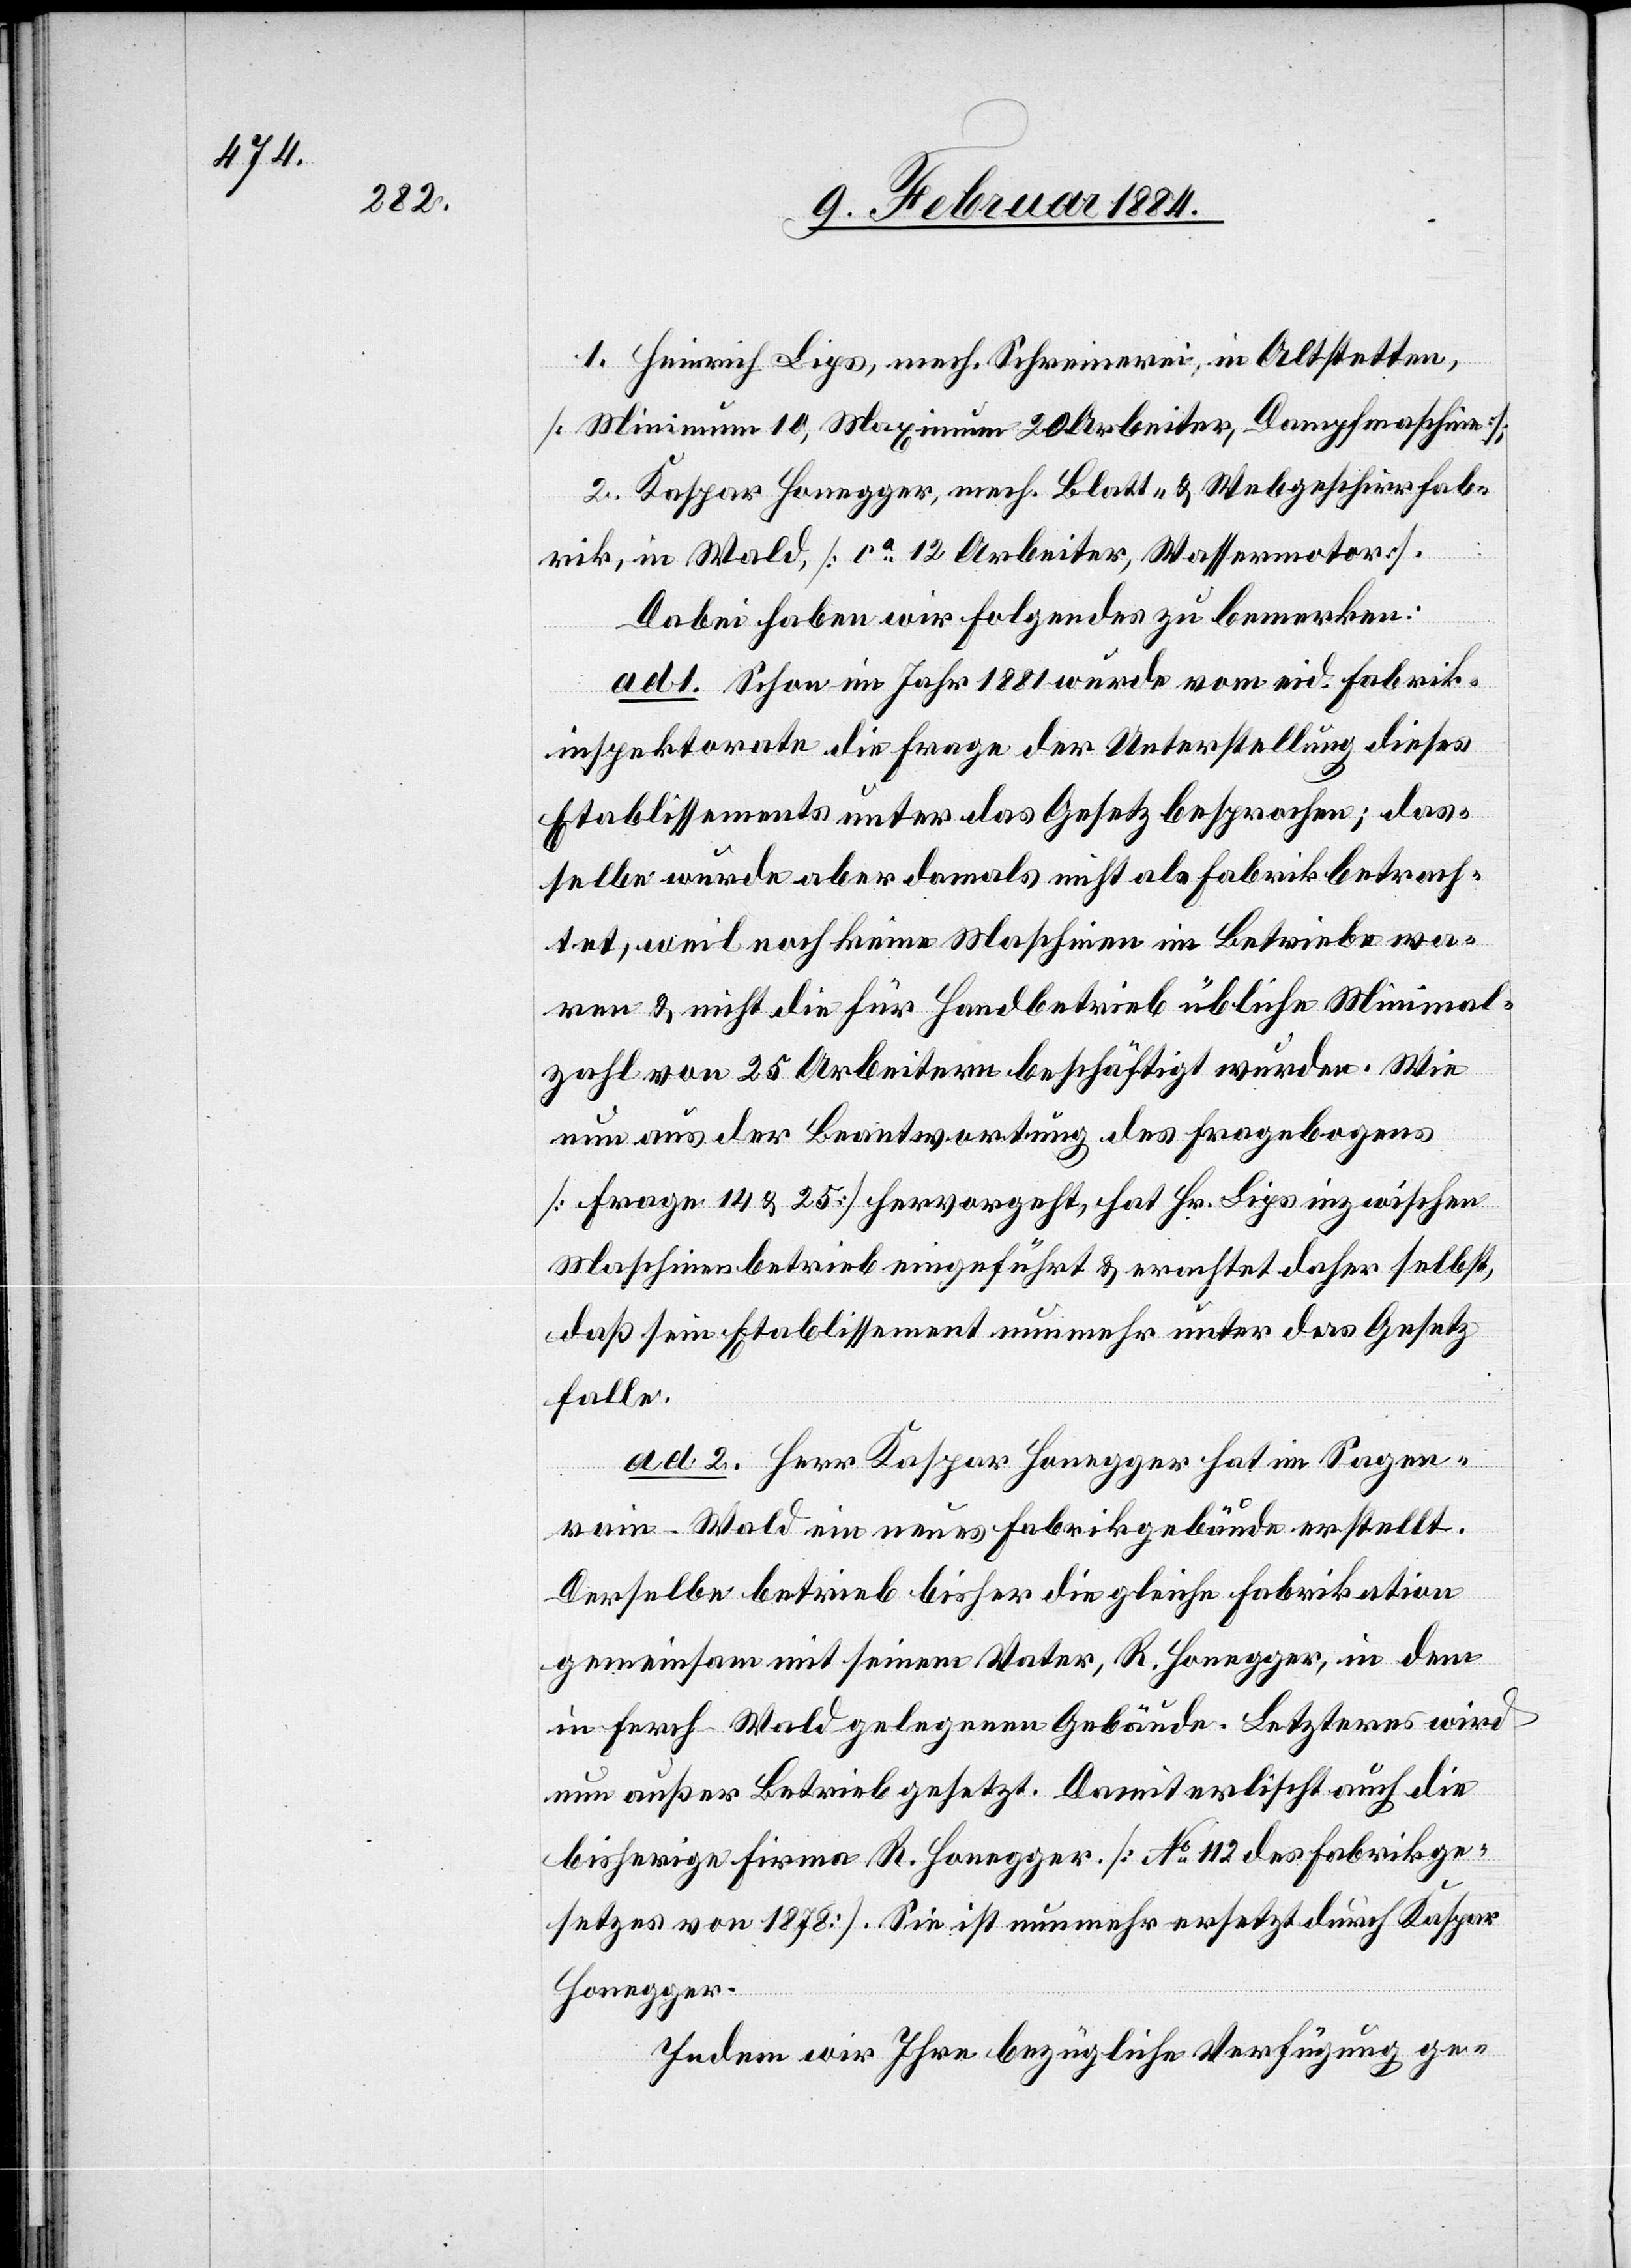
1. Heinrich Lips, mech. Schreinerei, in Altstetten,
[Minimum 10, Maximum 20 Arbeiter, Dampfmaschine];
2. Kaspar Honegger, mech. Blatt- & Webgeschirrfab¬
rik, in Wald [ca 12 Arbeiter, Wassermotor].
Dabei haben wir Folgendes zu bemerken:
ad 1. Schon im Jahr 1881 wurde vom eid. Fabrik¬
inspektorat die Frage der Unterstellung dieses
Etablissements unter das Gesetz besprochen; das¬
selbe wurde aber damals nicht als Fabrik betrach¬
tet, weil noch keine Maschinen im Betriebe wa¬
ren & nicht die für Handbetrieb übliche Minimal¬
zahl von 25 Arbeitern beschäftigt wurden. Wie
nun aus der Beantwortung des Fragebogens
[Frage 14 & 25] hervorgeht, hat Hr. Lips inzwischen
Maschinenbetrieb eingeführt & erachtet daher selbst,
daß sein Etablissement nunmehr unter das Gesetz
falle.
ad. 2 Herr Kaspar Honegger hat im Sagen¬
rain - Wald ein neues Fabrikgebäude erstellt.
Derselbe betrieb bisher die gleiche Fabrikation
gemeinsam mit seinem Vater, R. Honegger, in dem
in Ferch - Wald gelegenen Gebäude. Letzteres wird
nun außer Betrieb gesetzt. Damit erlischt auch die
bisherige Firma R. Honegger [No. 112 des Fabrikge¬
setzes von 1878]. Sie ist nunmehr ersetzt durch Kaspar
Honegger.
Indem wir Ihre bezügliche Verfügung ge-